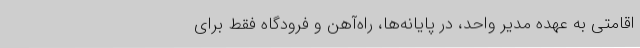
اقامتی به عهده مدیر واحد، در پایانه‌ها، راه‌آهن و فرودگاه فقط برای